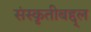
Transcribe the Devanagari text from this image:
संस्कृतीबद्द्ल